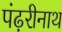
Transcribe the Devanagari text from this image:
पंढ़रीनाथ